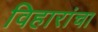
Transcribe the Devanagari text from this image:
विहारांचा